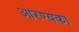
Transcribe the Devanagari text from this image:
आरण्यका